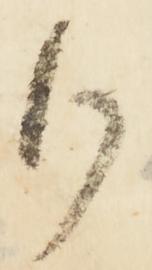
御